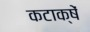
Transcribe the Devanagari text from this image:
कटाक्षें